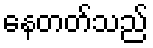
နေတတ်သည်